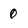
Character: 0